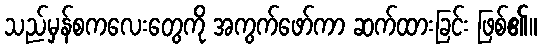
သည်မှန်စကလေးတွေကို အကွက်ဖော်ကာ ဆက်ထားခြင်း ဖြစ်၏။